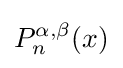
P_{n}^{\alpha ,\beta }(x)